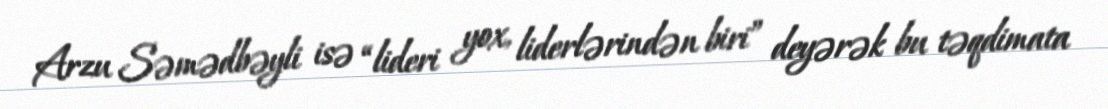
Arzu Səmədbəyli isə “lideri yox, liderlərindən biri” deyərək bu təqdimata